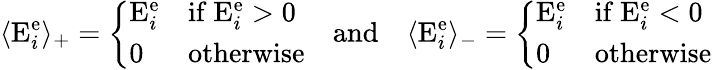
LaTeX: \langle\mathrm{E}_{i}^{\mathrm{e}}\rangle_{+}=\left\{ \begin{array}{ll}{\mathrm{E}_{i}^{\mathrm{e}}}&{\mathrm{if~}\mathrm{E}_{i}^{\mathrm{e}}>0}\\ {0}&{\mathrm{otherwise}}\end{array}\right.\quad\mathrm{and}\quad\langle\mathrm{E}_{i}^{\mathrm{e}}\rangle_{-}=\left\{ \begin{array}{ll}{\mathrm{E}_{i}^{\mathrm{e}}}&{\mathrm{if~}\mathrm{E}_{i}^{\mathrm{e}}<0}\\ {0}&{\mathrm{otherwise}}\end{array}\right.